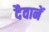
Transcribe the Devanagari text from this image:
दैवानें